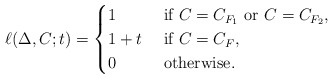
\begin{align*}\ell(\Delta,C;t) = \begin{cases}1 & \textrm{ if } C = C_{F_1} \textrm{ or } C = C_{F_2}, \\1 + t & \textrm{ if } C = C_{F}, \\0 & \textrm{ otherwise. } \\\end{cases}\end{align*}